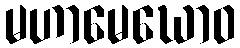
မဟာမေဃောဝ